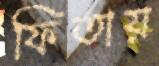
ফিতায়